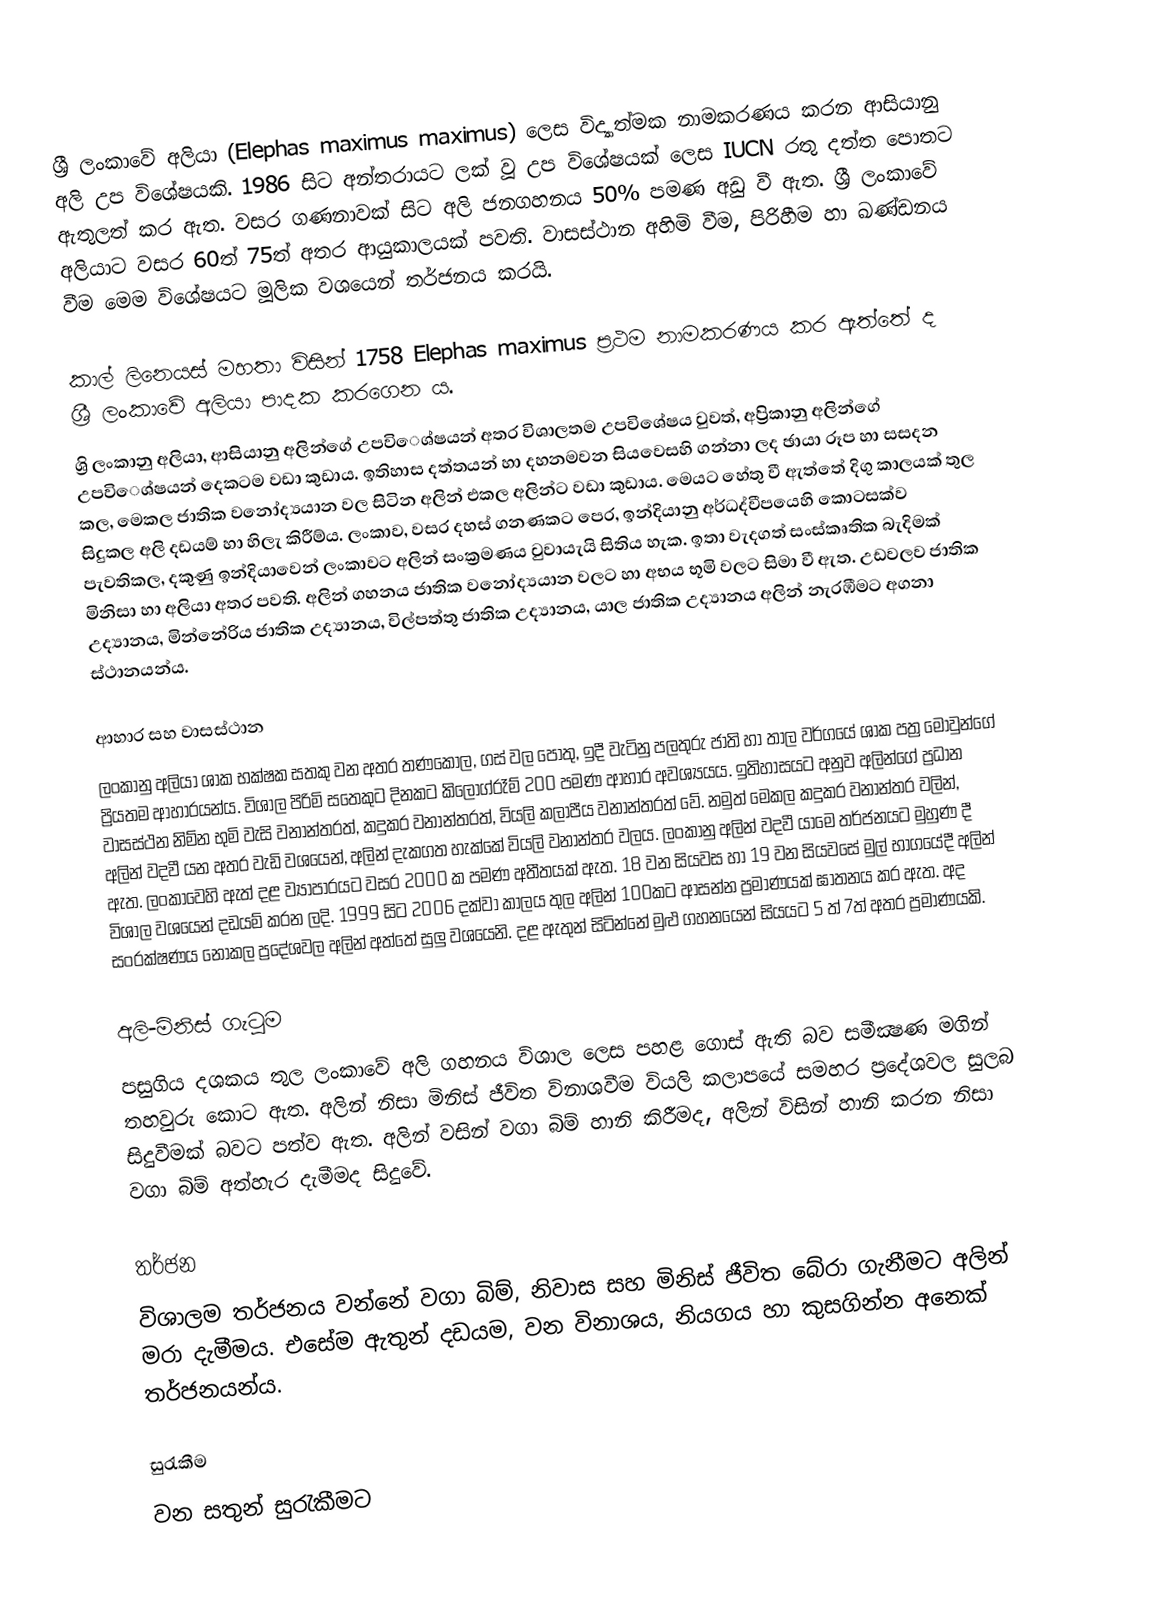
ශ්‍රී ලංකාවේ අලියා  (Elephas maximus maximus) ලෙස විද්‍යාත්මක නාමකරණය කරන ආසියානු අලි උප විශේෂයකි. 1986 සිට අන්තරායට ලක් වූ උප විශේෂයක් ලෙස IUCN රතු දත්ත පොතට ඇතුලත් කර ඇත.  වසර ගණනාවක් සිට අලි ජනගහනය 50% පමණ අඩු වී ඇත. ශ්‍රී ලංකාවේ අලියාට වසර 60ත් 75ත් අතර ආයුකාලයක් පවති. වාසස්ථාන අහිමි වීම, පිරිහීම හා ඛණ්ඩනය වීම මෙම විශේෂයට මූලික වශයෙන් තර්ජනය කරයි.

කාල් ලිනෙයස් මහතා විසින් 1758   Elephas maximus  ප්‍රථම නාමකරණය කර ඇත්තේ ද ශ්‍රී ලංකාවේ අලියා පාදක කරගෙන ය.
ශ්‍රි ලංකා‍නු අලියා, ආසියානු අලින්ගේ උපවිෙශ්ෂයන් අතර විශාලතම උපවිශේෂය වුවත්, අප්‍රිකානු අලින්ගේ උපවිෙශ්ෂයන් දෙකටම වඩා කුඩාය. ඉතිහාස දත්තයන් හා දහනමවන සියවෙසහි ගන්නා ලද ඡායා රූප හා සස‍දන කල, මෙකල ජාතික වනෝද්‍යයාන වල සිටින අලින් එකල අලින්ට වඩා කුඩාය. මෙයට හේතු වී ඇත්තේ දිගු කාලයක් තුල සිදුකල අලි දඩයම් හා හිලැ කිරීම්ය. ලංකා‍ව, වසර දහස් ගනණකට පෙර,  ඉන්දියානු අර්ධද්වීපයෙහි කොටසක්ව පැවතිකල,  දකුණු ඉන්දියාවෙන් ලංකා‍වට අලින් සංක්‍රමණය වුවායැයි සිතිය හැක. ඉතා වැදගත් සංස්කෘතික බැදිමක් මිනිසා හා අලියා අතර පවති. අලින් ගහනය ජාතික වනෝද්‍යයාන වලට හා අභය භූමි වලට සිමා වී ඇත. උඩවලව ජාතික උද්‍යානය, මින්නේරිය ජාතික උද්‍යානය, විල්පත්තු ජාතික උද්‍යානය, යාල ජාතික උද්‍යානය අලින් නැරඹීමට අගනා ස්ථානයන්ය.

ආහාර සහ වාසස්ථාන
ලංකා‍නු අලියා ශාක භක්ෂක සතකු වන අතර තණකොල, ගස් වල පොතු, ඉදී වැටිනු පලතුරු ජාති හා තාල වර්ගයේ ශාක පත්‍ර මොවුන්ගේ ප්‍රියතම ආහාරයන්ය. විශාල පිරිමි සතෙකුට දිනකට කිලෝග්රෑම් 200 පමණ ආහාර අවශ්‍යයය. ඉතිහාසයට අනුව අලින්ගේ ප්‍රධාන වාසස්ථන නිම්න භුමි වැසි වනාන්තරත්, කදුකර වනාන්තරත්, වියලි කලාපීය වනාන්තරත් වේ. නමුත් මෙකල කදුකර වනාන්තර වලින්, අලින් වදවී යන අතර වැඩි වශයෙන්, අලින් දැකගත හැක්කේ වියලි වනාන්තර වලය. ලංකා‍නු අලින් වදවී යාමෙ තර්ජනයට මුහුණ දී ඇත. ලංකා‍වෙහි ඇත් දළ ව්‍යාපාරයට වසර 2000 ක පමණ අතීතයක් ඇත. 18 වන සියවස හා 19 වන සියවසේ මුල් භාගයේදී අලින් විශාල වශයෙන් දඩයම් කරන ලදි. 1999 සිට 2006 දක්වා කාලය තුල අලින් 100කට ආසන්න ප්‍රමාණයක් ඝාතනය කර ඇත.  අද සංරක්ෂණය නොකල ප්‍රදේශවල අලින් අත්තේ සුලු වශයෙනි. දළ ඇතුන් සිටින්නේ මුළු ගහනයෙන් සියයට 5 ත් 7ත් අතර ප්‍රමාණයකි.

අලි-මිනිස් ගැටුම
පසුගිය දශකය තුල ලංකාවේ අලි ගහනය විශාල ලෙස පහළ ගොස් ඇති බව සමීක්‍ෂණ මගින් තහවුරු කොට ඇත. අලින් නිසා මිනිස් ජීවිත විනාශවීම වියලි කලාපයේ සමහර ප්‍රදේශවල සුලබ සිදුවීමක් බවට පත්ව ඇත. අලින් වසින් වගා බිම් හානි කිරීමද, අලින් විසින් හානි කරන නිසා වගා බිම් අත්හැර දැමීමද සිදුවේ.

තර්ජන
විශාලම තර්ජනය වන්නේ වගා බිම්, නිවාස සහ මිනිස් ජීවිත බේරා ගැනීමට අලින් මරා දැමීමය. එසේම ඇතුන් දඩයම, වන විනාශය, නියගය හා කුසගින්න අනෙක් තර්ජනයන්ය.

සුරැකීම
වන  සතුන් සුරැකීමට